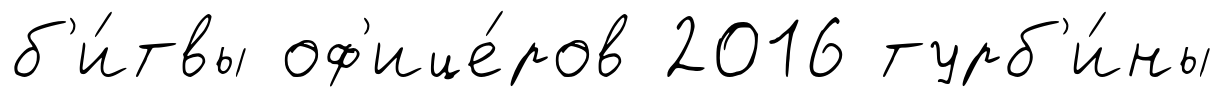
б'и́твы оф'ице́ров 2016 турб'и́ны